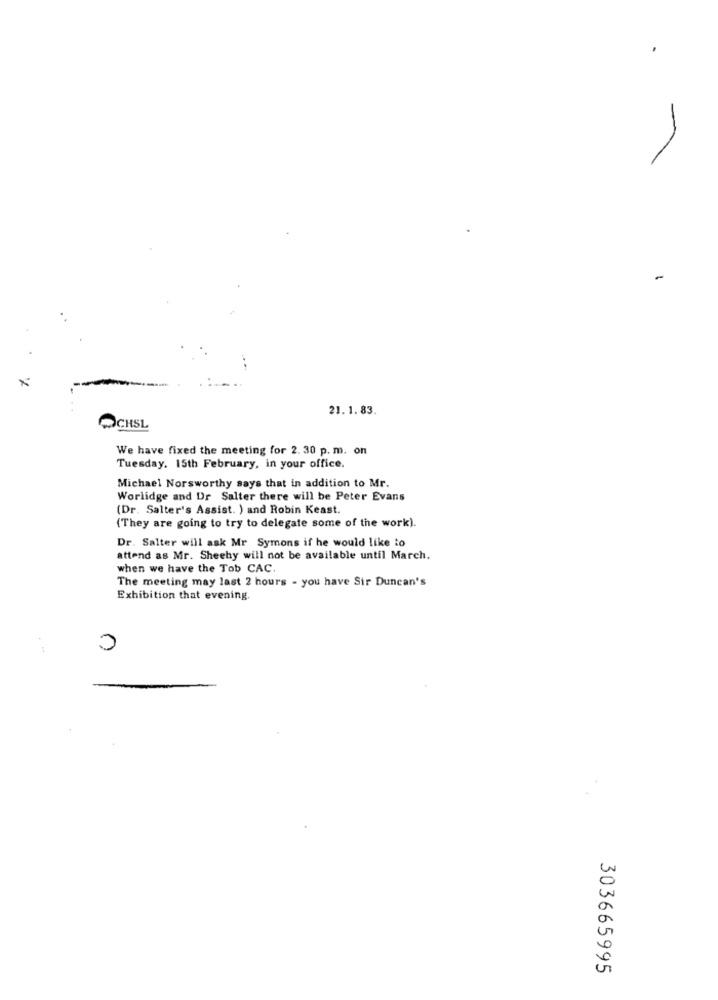
-
21.1. 83.
OCHSL
We have fixed the meeting for 2. 30 p. m. on
Tuesday, 15th February, in your office.
Michael Norsworthy says that in addition to Mr.
Worlidge and Dr Salter there will be Peter Evans
(Dr. Salter's Assist. ) and Robin Keast.
(They are going to try to delegate some of the work).
Dr. Salter will ask Mr Symons if he would like to
attend as Mr. Sheehy will not be available until March.
when we have the Tob CAC
The meeting may last 2 hours - you have Sir Duncan's
Exhibition that evening.
:
0
303665995